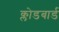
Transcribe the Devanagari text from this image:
क्लोडबार्ड